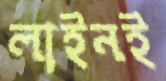
লাইনই